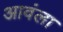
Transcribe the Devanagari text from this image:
आवंला